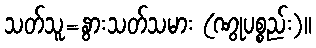
သတ်သူ=နွားသတ်သမား (ဏွုပစ္စည်း)။